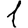
Digit: 1